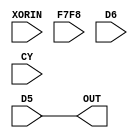
/* Generated by Yosys 0.43+11 (git sha1 49f547782, clang++ 14.0.0-1ubuntu1.1 -fPIC -Os) */

(* src = "./test.v:1.1-16.10" *)
module ultra_slice_logic_outmux(XORIN, F7F8, D6, D5, CY, OUT);
  (* src = "./test.v:4.29-4.31" *)
  input CY;
  wire CY;
  (* src = "./test.v:4.25-4.27" *)
  input D5;
  wire D5;
  (* src = "./test.v:4.21-4.23" *)
  input D6;
  wire D6;
  (* src = "./test.v:4.15-4.19" *)
  input F7F8;
  wire F7F8;
  (* src = "./test.v:5.9-5.12" *)
  output OUT;
  wire OUT;
  (* src = "./test.v:4.8-4.13" *)
  input XORIN;
  wire XORIN;
  assign OUT = D5;
endmodule